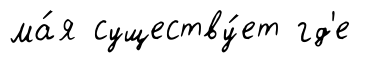
ма́я существу́ет гд'е